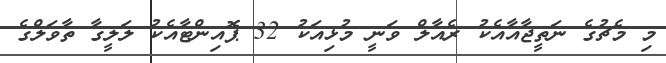
މި މެޗުގެ ނަތީޖާއާއެކު ރެއާލް ވަނީ މުޅިއަކު 32 ޕޮއިންޓާއެކު ލަލީގާ ތާވަލްގެ